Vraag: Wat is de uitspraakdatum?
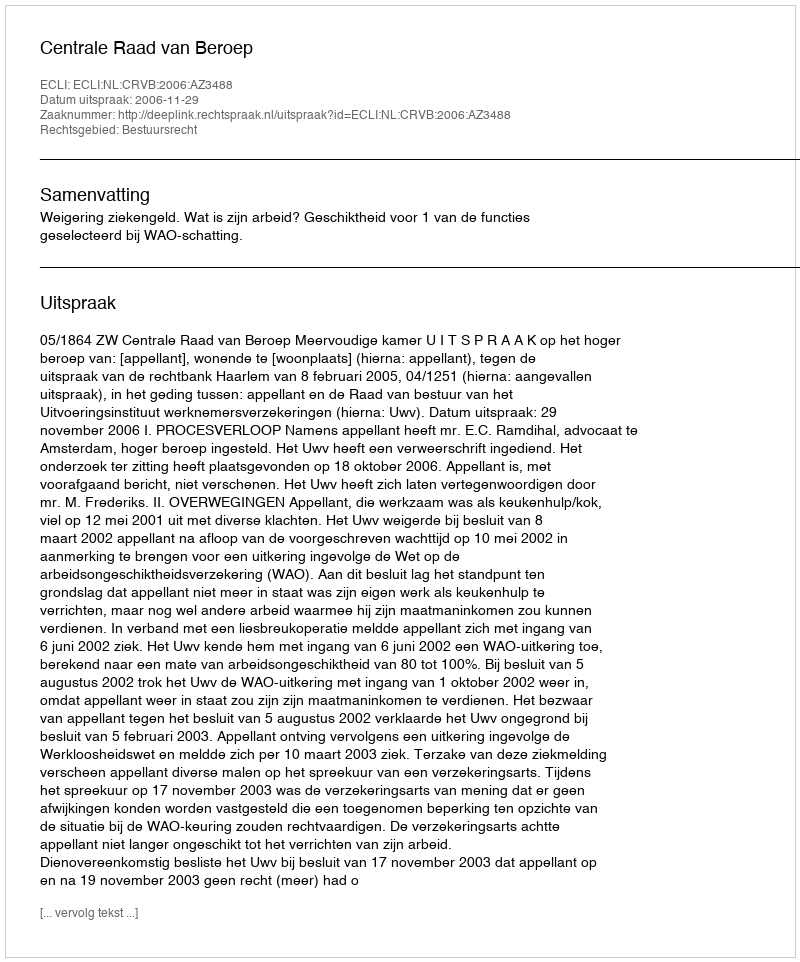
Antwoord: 2006-11-29